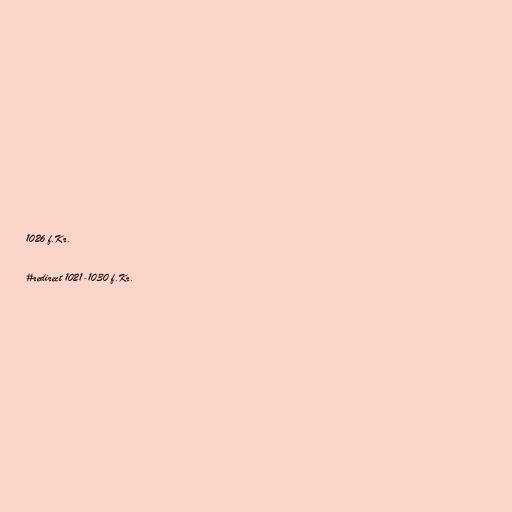
1026 f.Kr.

#redirect 1021-1030 f.Kr.